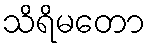
သိရိမတော